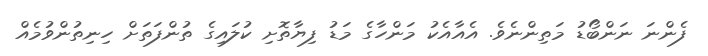
ފެންނަ ނަންބޯޑު މަތިންނެވެ. އެއާއެކު މަންހާގެ މަޑު ފިޔާތޮށި ކުލައިގެ ތުންފަތަށް ހިނިތުންވުމެއް